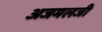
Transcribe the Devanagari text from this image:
अजमलजी